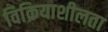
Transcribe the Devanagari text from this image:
विक्रियाशीलता